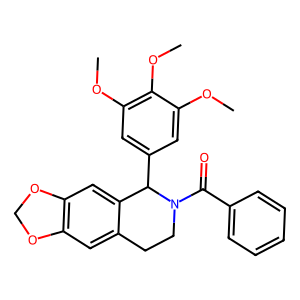
SMILES: COc1cc(C2c3cc4c(cc3CCN2C(=O)c2ccccc2)OCO4)cc(OC)c1OC
Inhibits HIV replication: No